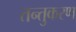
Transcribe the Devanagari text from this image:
तन्तुकरण